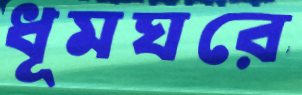
ধূমঘরে